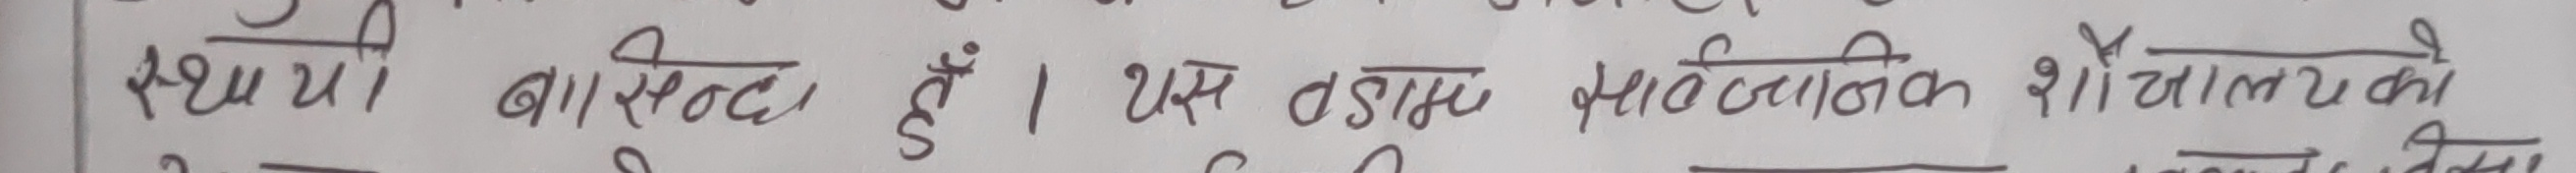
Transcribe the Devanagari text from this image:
स्पष्ट्यी बास्टडँ हुँ। यस वडाम भौतिक शौचालयको